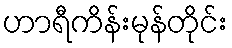
ဟာရီကိန်းမုန်တိုင်း